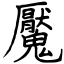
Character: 魘